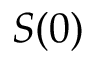
S ( 0 )